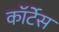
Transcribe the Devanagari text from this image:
कॉर्टेस